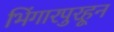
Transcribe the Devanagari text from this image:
भिंगारपुरहून